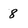
Character: 8